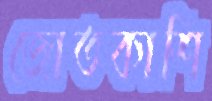
জোতকাশি